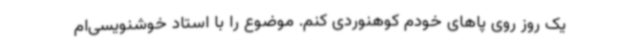
یک روز روی پاهای خودم کوهنوردی کنم. موضوع را با استاد خوشنویسی‌ام